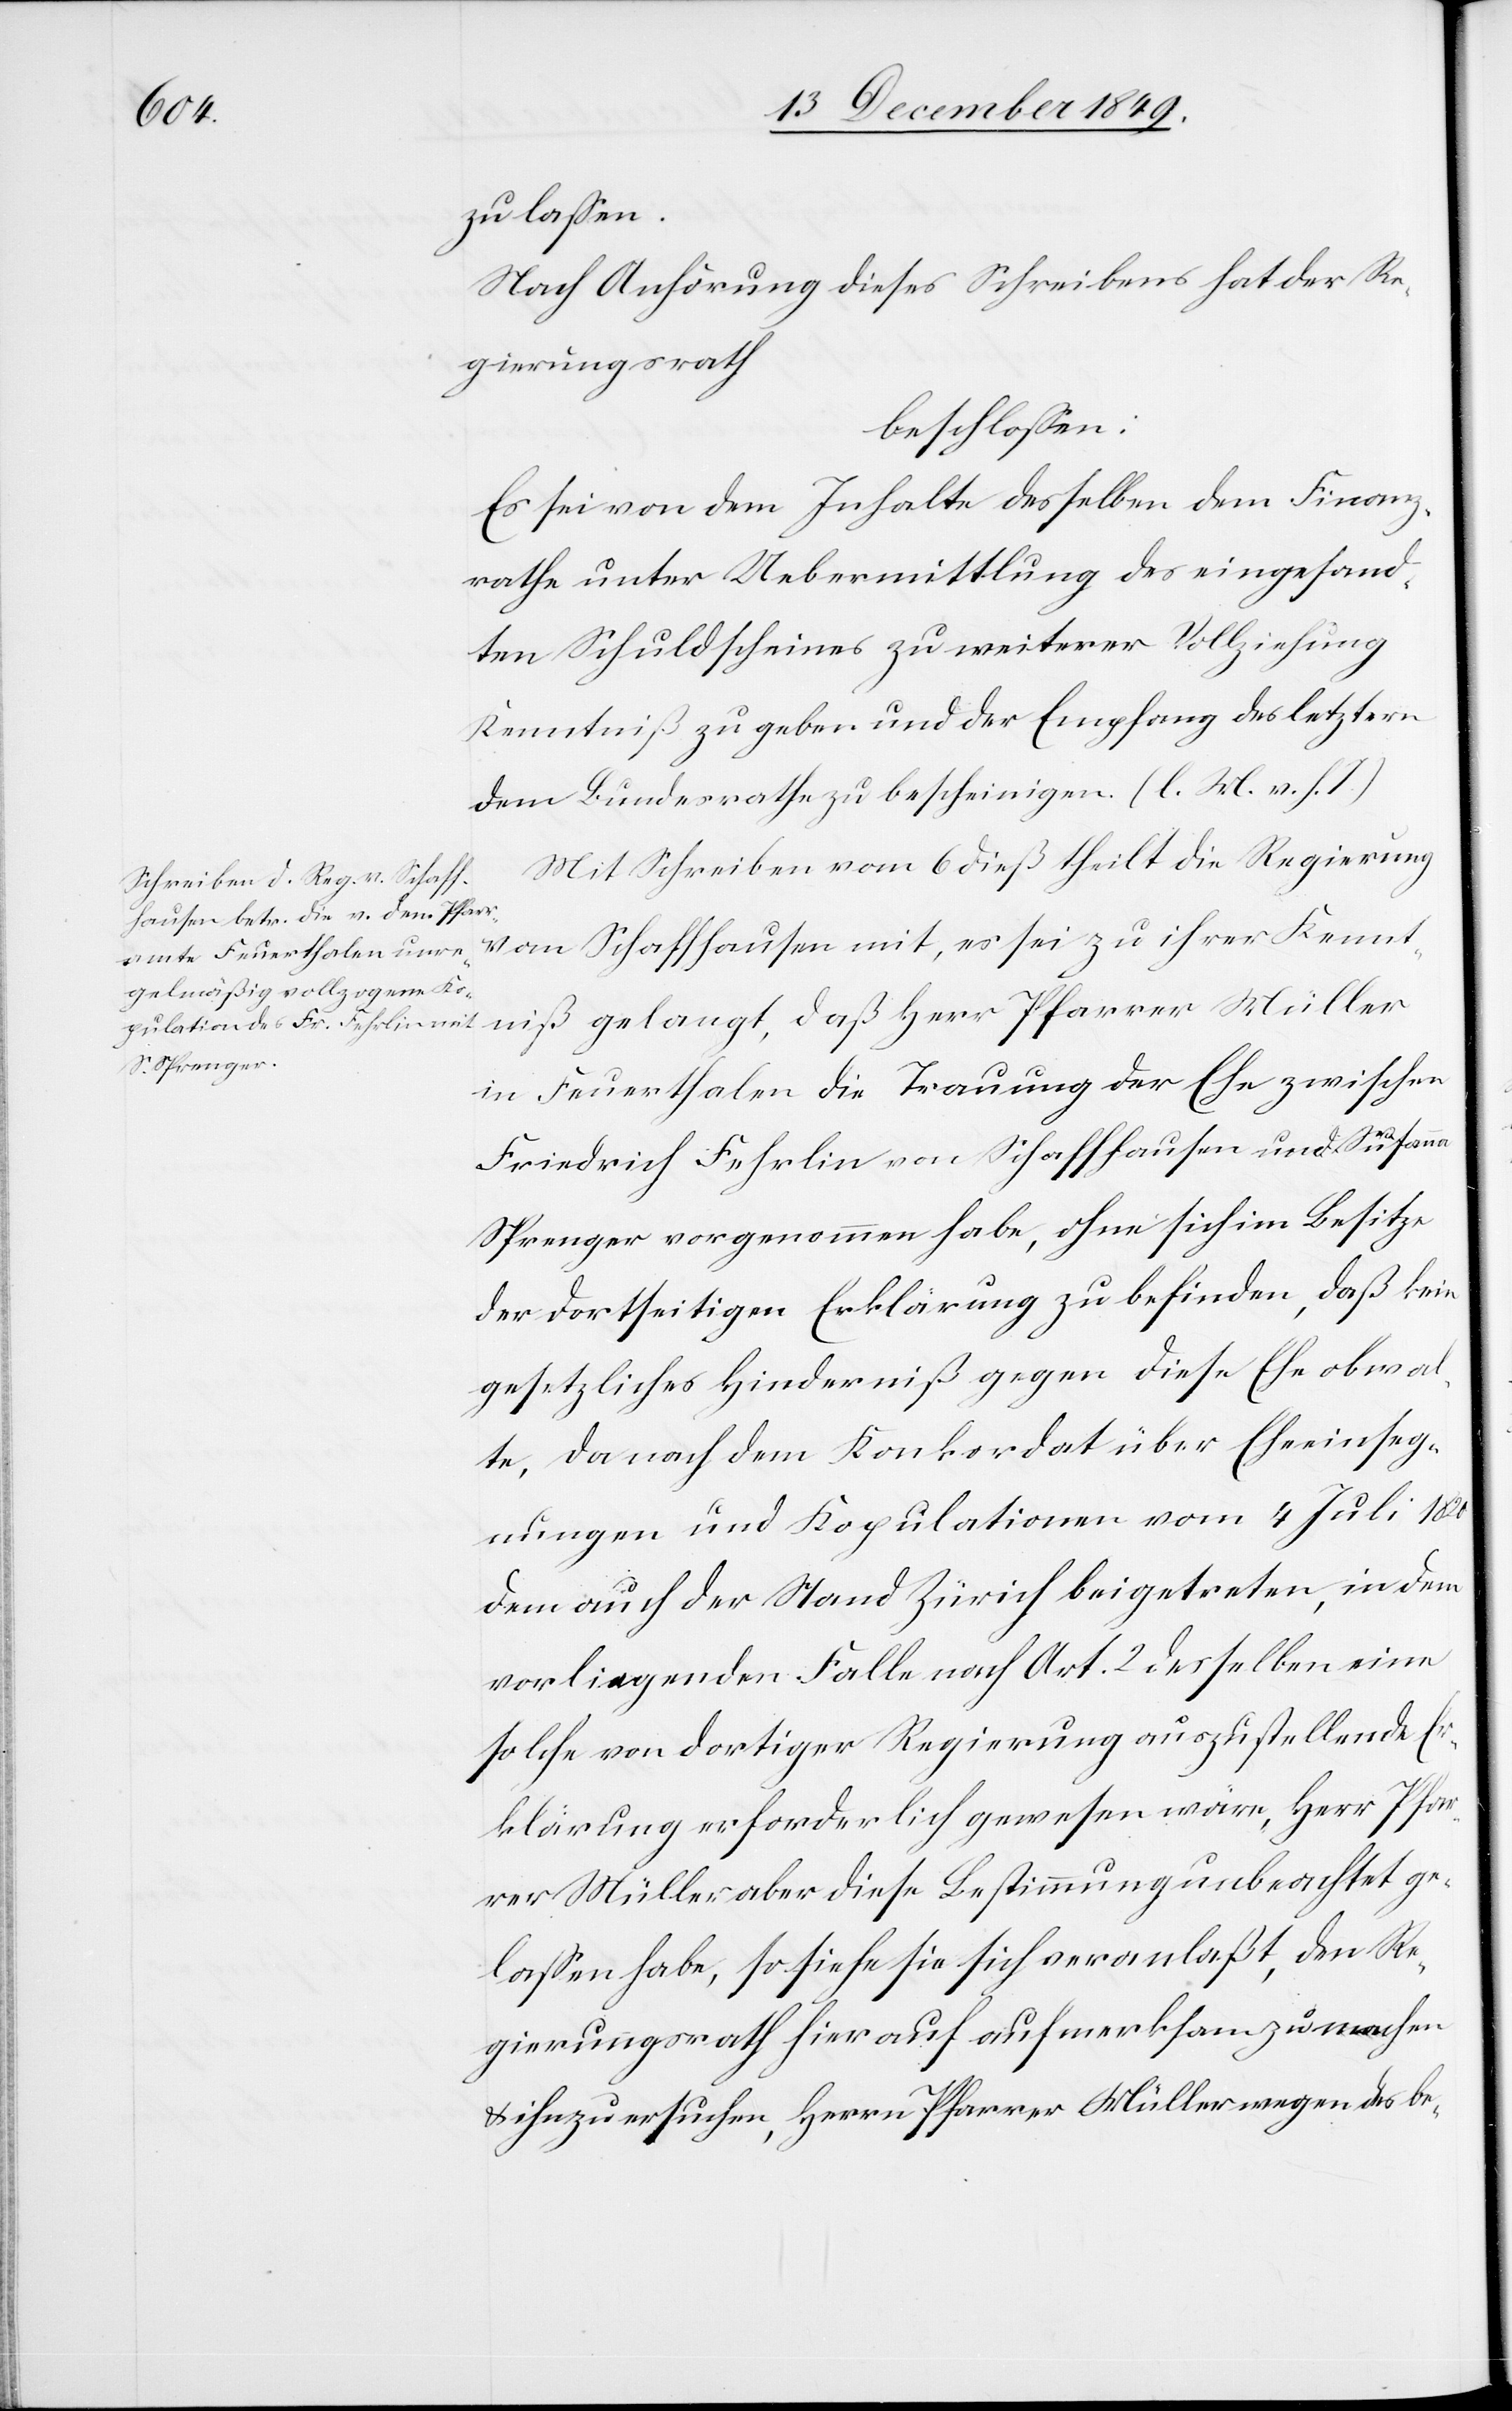
zu laßen.
Nach Anhörung dieses Schreibens hat der Re¬
gierungsrath
beschloßen:
Es sei hievon dem Inhalte desselben dem Finanz¬
rathe unter Uebermittlung des eingesand¬
ten Schuldscheines zu weiterer Vollziehung
Kenntniß zu geben und der Empfang des letztern
dem Bundesrathe zu bescheinigen. [l. M. v. h. T]
Mit Schreiben vom 6 dieß theilt die Regierung
Schaffhausen mit, es sei zu ihrer Kenntniß
in Feuerthalen die Trauung der Ehe zwischen
Friedrich Fehrlin von Schaffhausen und Susanna
Sprenger vorgenommen habe, ohne sich im Besitze
der dortseitigen Erklärung zu finden, daß kein
gesetzliches Hinderniß gegen diese Ehe obwal¬
te, da nach dem Konkordat über Eheeinseg¬
nungen und Kopulationen vom 4 Juli 1820
dem auch der Stand Zürich beigetreten, in dem
vorliegenden Falle nach Art. 2 desselben eine
solche von dortiger Regierung auszustellende Er¬
klärung erforderlich gewesen wäre, Herr Pfar¬
rer Müller aber diese Bestimmung unbeachtet ge¬
laßen habe, so siehe sie sich veranlaßt, den Re¬
gierungsrath hier auf aufmerksam zu machen
u. ihn zu ersuchen, Herrn Pfarrer Müller wegen des be-